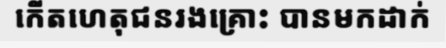
កើតហេតុជនរងគ្រោះ បានមកដាក់